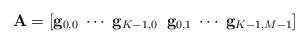
LaTeX: \begin{align*}\mathbf{A}=\left[\mathbf{g}_{0,0} \; \cdots \; \mathbf{g}_{K-1,0} \; \; \mathbf{g}_{0,1} \; \cdots \; \mathbf{g}_{K-1,M-1} \right]\end{align*}